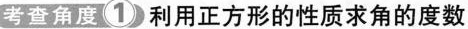
考查角度1 利用正方形的性质求角的度数